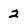
Character: 2